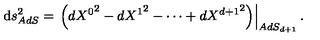
{ \mathrm d } s _ { A d S } ^ { 2 } = \left. \left( d { { X } ^ { 0 } } ^ { 2 } - d { { X } ^ { 1 } } ^ { 2 } - \cdots + d { { X } ^ { d + 1 } } ^ { 2 } \right) \right| _ { A d S _ { d + 1 } } .